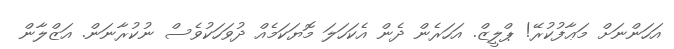
އަހަންނަށް މަޢާފުކުރޭ! ޕްލީޒް. އަހަރެން ދެން އެކަހަލަ މޮޔަކަމެއް ދުވަހަކުވެސް ނުކުރާނަން. އަޒްލާން